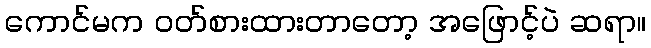
ကောင်မက ဝတ်စားထားတာတော့ အဖြောင့်ပဲ ဆရာ။